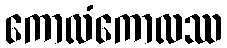
ကောလံကောလဿ